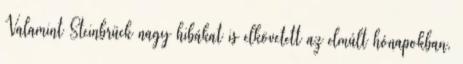
Valamint Steinbrück nagy hibákat is elkövetett az elmúlt hónapokban,